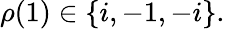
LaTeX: \rho({1})\in\{ i,-1,-i\} .